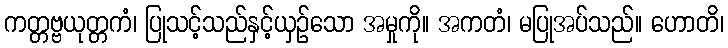
ကတ္တဗ္ဗယုတ္တကံ၊ ပြုသင့်သည်နှင့်ယှဉ်သော အမှုကို။ အကတံ၊ မပြုအပ်သည်။ ဟောတိ၊